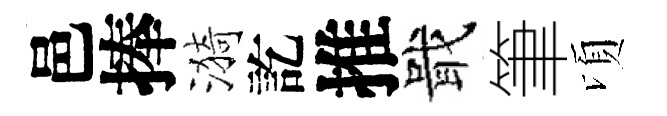
邑捧漪訖推戢筆頃